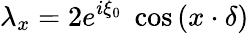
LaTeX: \lambda_{x}=2e^{i\xi_{0}}\; \cos{(x\cdot\delta)}